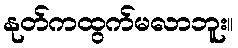
နုတ်ကထွက်မလာဘူး။